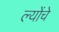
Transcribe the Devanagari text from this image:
ल्योंचे